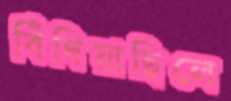
বিঁধিয়াছিলে